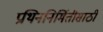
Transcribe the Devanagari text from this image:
प्रथिननिर्मितीसाठी